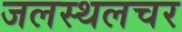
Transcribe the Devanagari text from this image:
जलस्थलचर